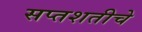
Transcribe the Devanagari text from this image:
सप्तशतीचे